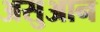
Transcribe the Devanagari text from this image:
असुआन